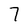
Character: 7